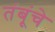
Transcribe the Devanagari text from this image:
तंबूंचे